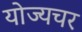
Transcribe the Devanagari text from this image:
योज्यचर